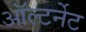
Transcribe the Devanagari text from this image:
ऑल्टर्नेट